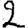
Digit: 2